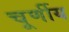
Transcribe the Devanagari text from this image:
चूर्णीय